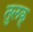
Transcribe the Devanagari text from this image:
तुलकू